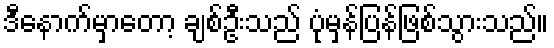
ဒီနောက်မှာတော့ ချစ်ဦးသည် ပုံမှန်ပြန်ဖြစ်သွားသည်။